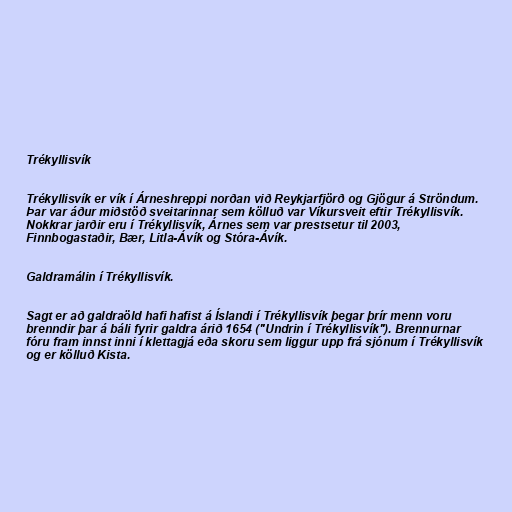
Trékyllisvík

Trékyllisvík er vík í Árneshreppi norðan við Reykjarfjörð og Gjögur á Ströndum.
Þar var áður miðstöð sveitarinnar sem kölluð var Víkursveit eftir Trékyllisvík.
Nokkrar jarðir eru í Trékyllisvík, Árnes sem var prestsetur til 2003,
Finnbogastaðir, Bær, Litla-Ávík og Stóra-Ávík.

Galdramálin í Trékyllisvík.

Sagt er að galdraöld hafi hafist á Íslandi í Trékyllisvík þegar þrír menn voru
brenndir þar á báli fyrir galdra árið 1654 ("Undrin í Trékyllisvík"). Brennurnar
fóru fram innst inni í klettagjá eða skoru sem liggur upp frá sjónum í Trékyllisvík
og er kölluð Kista.